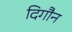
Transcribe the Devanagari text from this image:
दिगौन